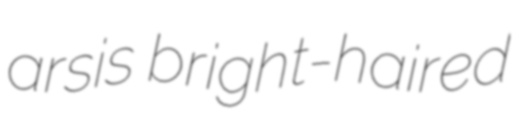
arsis bright-haired